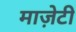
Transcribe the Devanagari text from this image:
माज़ेटी